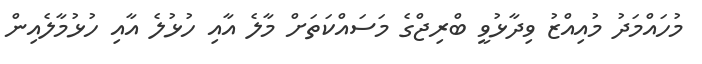
މުހައްމަދު މުއިއްޒު ވިދާޅުވީ ބްރިޖްގެ މަސައްކަތަށް މާލެ އާއި ހުޅުލެ އާއި ހުޅުމާލެއިން